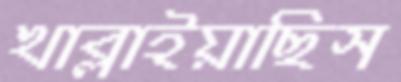
খাব্‌লাইয়াছিস